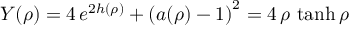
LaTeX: Y ( \rho ) = 4 \, e ^ { 2 h ( \rho ) } + \left( a ( \rho ) - 1 \right) ^ { 2 } = 4 \, \rho \, \operatorname { t a n h } \rho \quad